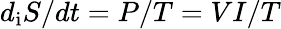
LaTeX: d_{\mathrm{i}}S/dt=P/T=VI/T